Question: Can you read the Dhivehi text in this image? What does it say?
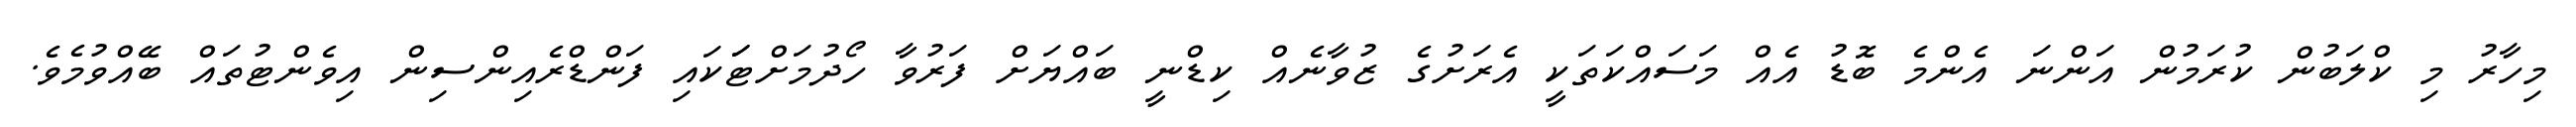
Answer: މިހާރު މި ކްލަބުން ކުރަމުން އަންނަ އެންމެ ބޮޑު އެއް މަސައްކަތަކީ އެރަށުގެ ޒުވާނެއް ކިޑްނީ ބައްޔަށް ފަރުވާ ހޯދުމަށްޓަަކައި ފަންޑްރެއިންސިން އިވެންޓުތައް ބޭއްވުމެވެ.